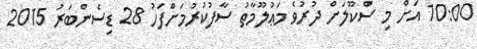
10:00 އަށް މި ސްކޫލަށް ދުރުވެ މަޢުލޫމާތު ސާފުކުރުމަށްފަހު 28 ޑިސެންބަރު 2015